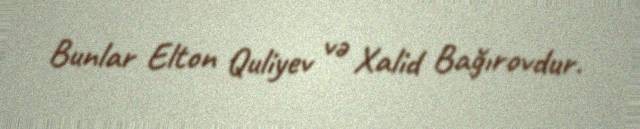
Bunlar Elton Quliyev və Xalid Bağırovdur.